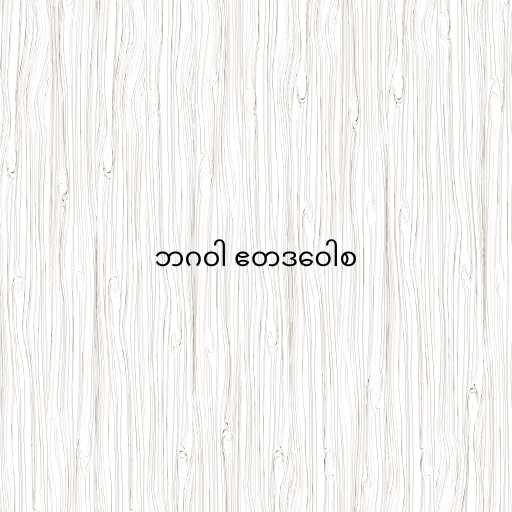
ဘဂဝါ ဧတဒဝေါစ